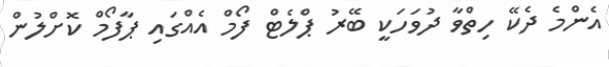
އެންމެ ދެކޭ ހިތްވާ ދުވަހަކީ ބޭރު ޕްލެޓް ފޯމް އެއްގައި ޕާފޯމް ކޮށްލުން